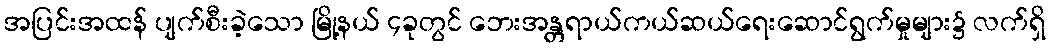
အပြင်းအထန် ပျက်စီးခဲ့သော မြို့နယ် ၄ခုတွင် ဘေးအန္တရာယ်ကယ်ဆယ်ရေးဆောင်ရွက်မှုများ၌ လက်ရှိ